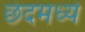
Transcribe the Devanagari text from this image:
छंदमध्ये